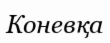
Коневқа